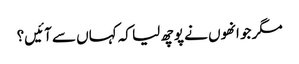
مگر جو انھوں نے پوچھ لیا کہ کہاں سے آئیں؟